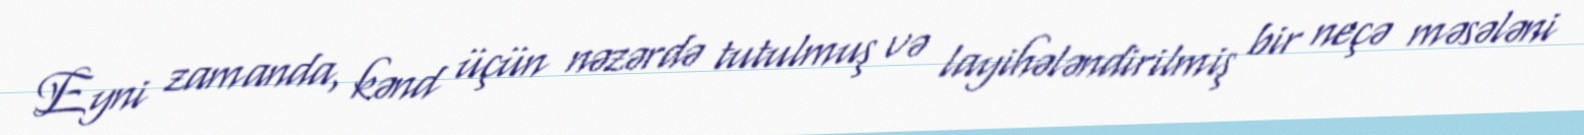
Eyni zamanda, kənd üçün nəzərdə tutulmuş və layihələndirilmiş bir neçə məsələni